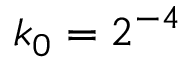
k _ { 0 } = 2 ^ { - 4 }